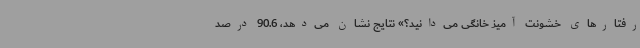
رفتارهای خشونت آمیز خانگی می‌دانید؟» نتایج نشان می‌دهد، 90.6 درصد